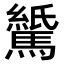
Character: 𫘖